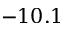
- 1 0 . 1